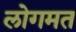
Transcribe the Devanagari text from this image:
लोगमत